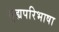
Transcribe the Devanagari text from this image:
गृह्यपरिभाषा